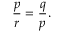
{ \frac { p } { r } } = { \frac { q } { p } } .